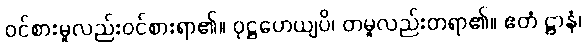
ဝင်စားမူလည်းဝင်စားရာ၏။ ဝုဋ္ဌဟေယျပိ၊ တမူလည်းတရာ၏။ ဧတံ ဋ္ဌာနံ၊